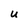
Character: u